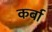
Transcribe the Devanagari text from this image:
कर्बा